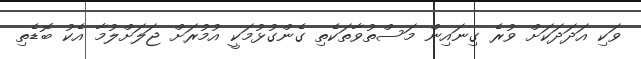
ވަކި އަދަދަކަށް ވުރެ ގިނައިން މަސްތުވާތަކެތި ގެންގުޅުމަކީ އުމުރަށް ޖަލަށްލުމާ އެކު ބޮޑެތި